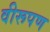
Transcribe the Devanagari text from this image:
वीरूपण